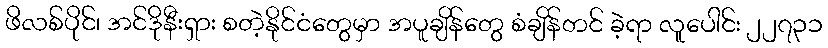
ဖိလစ်ပိုင်၊ အင်ဒိုနီးရှား စတဲ့နိုင်ငံတွေမှာ အပူချိန်တွေ စံချိန်တင် ခဲ့ရာ လူပေါင်း ၂၂၇၃၁